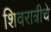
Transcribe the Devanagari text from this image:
शिवरात्रीचे